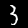
Digit: 3